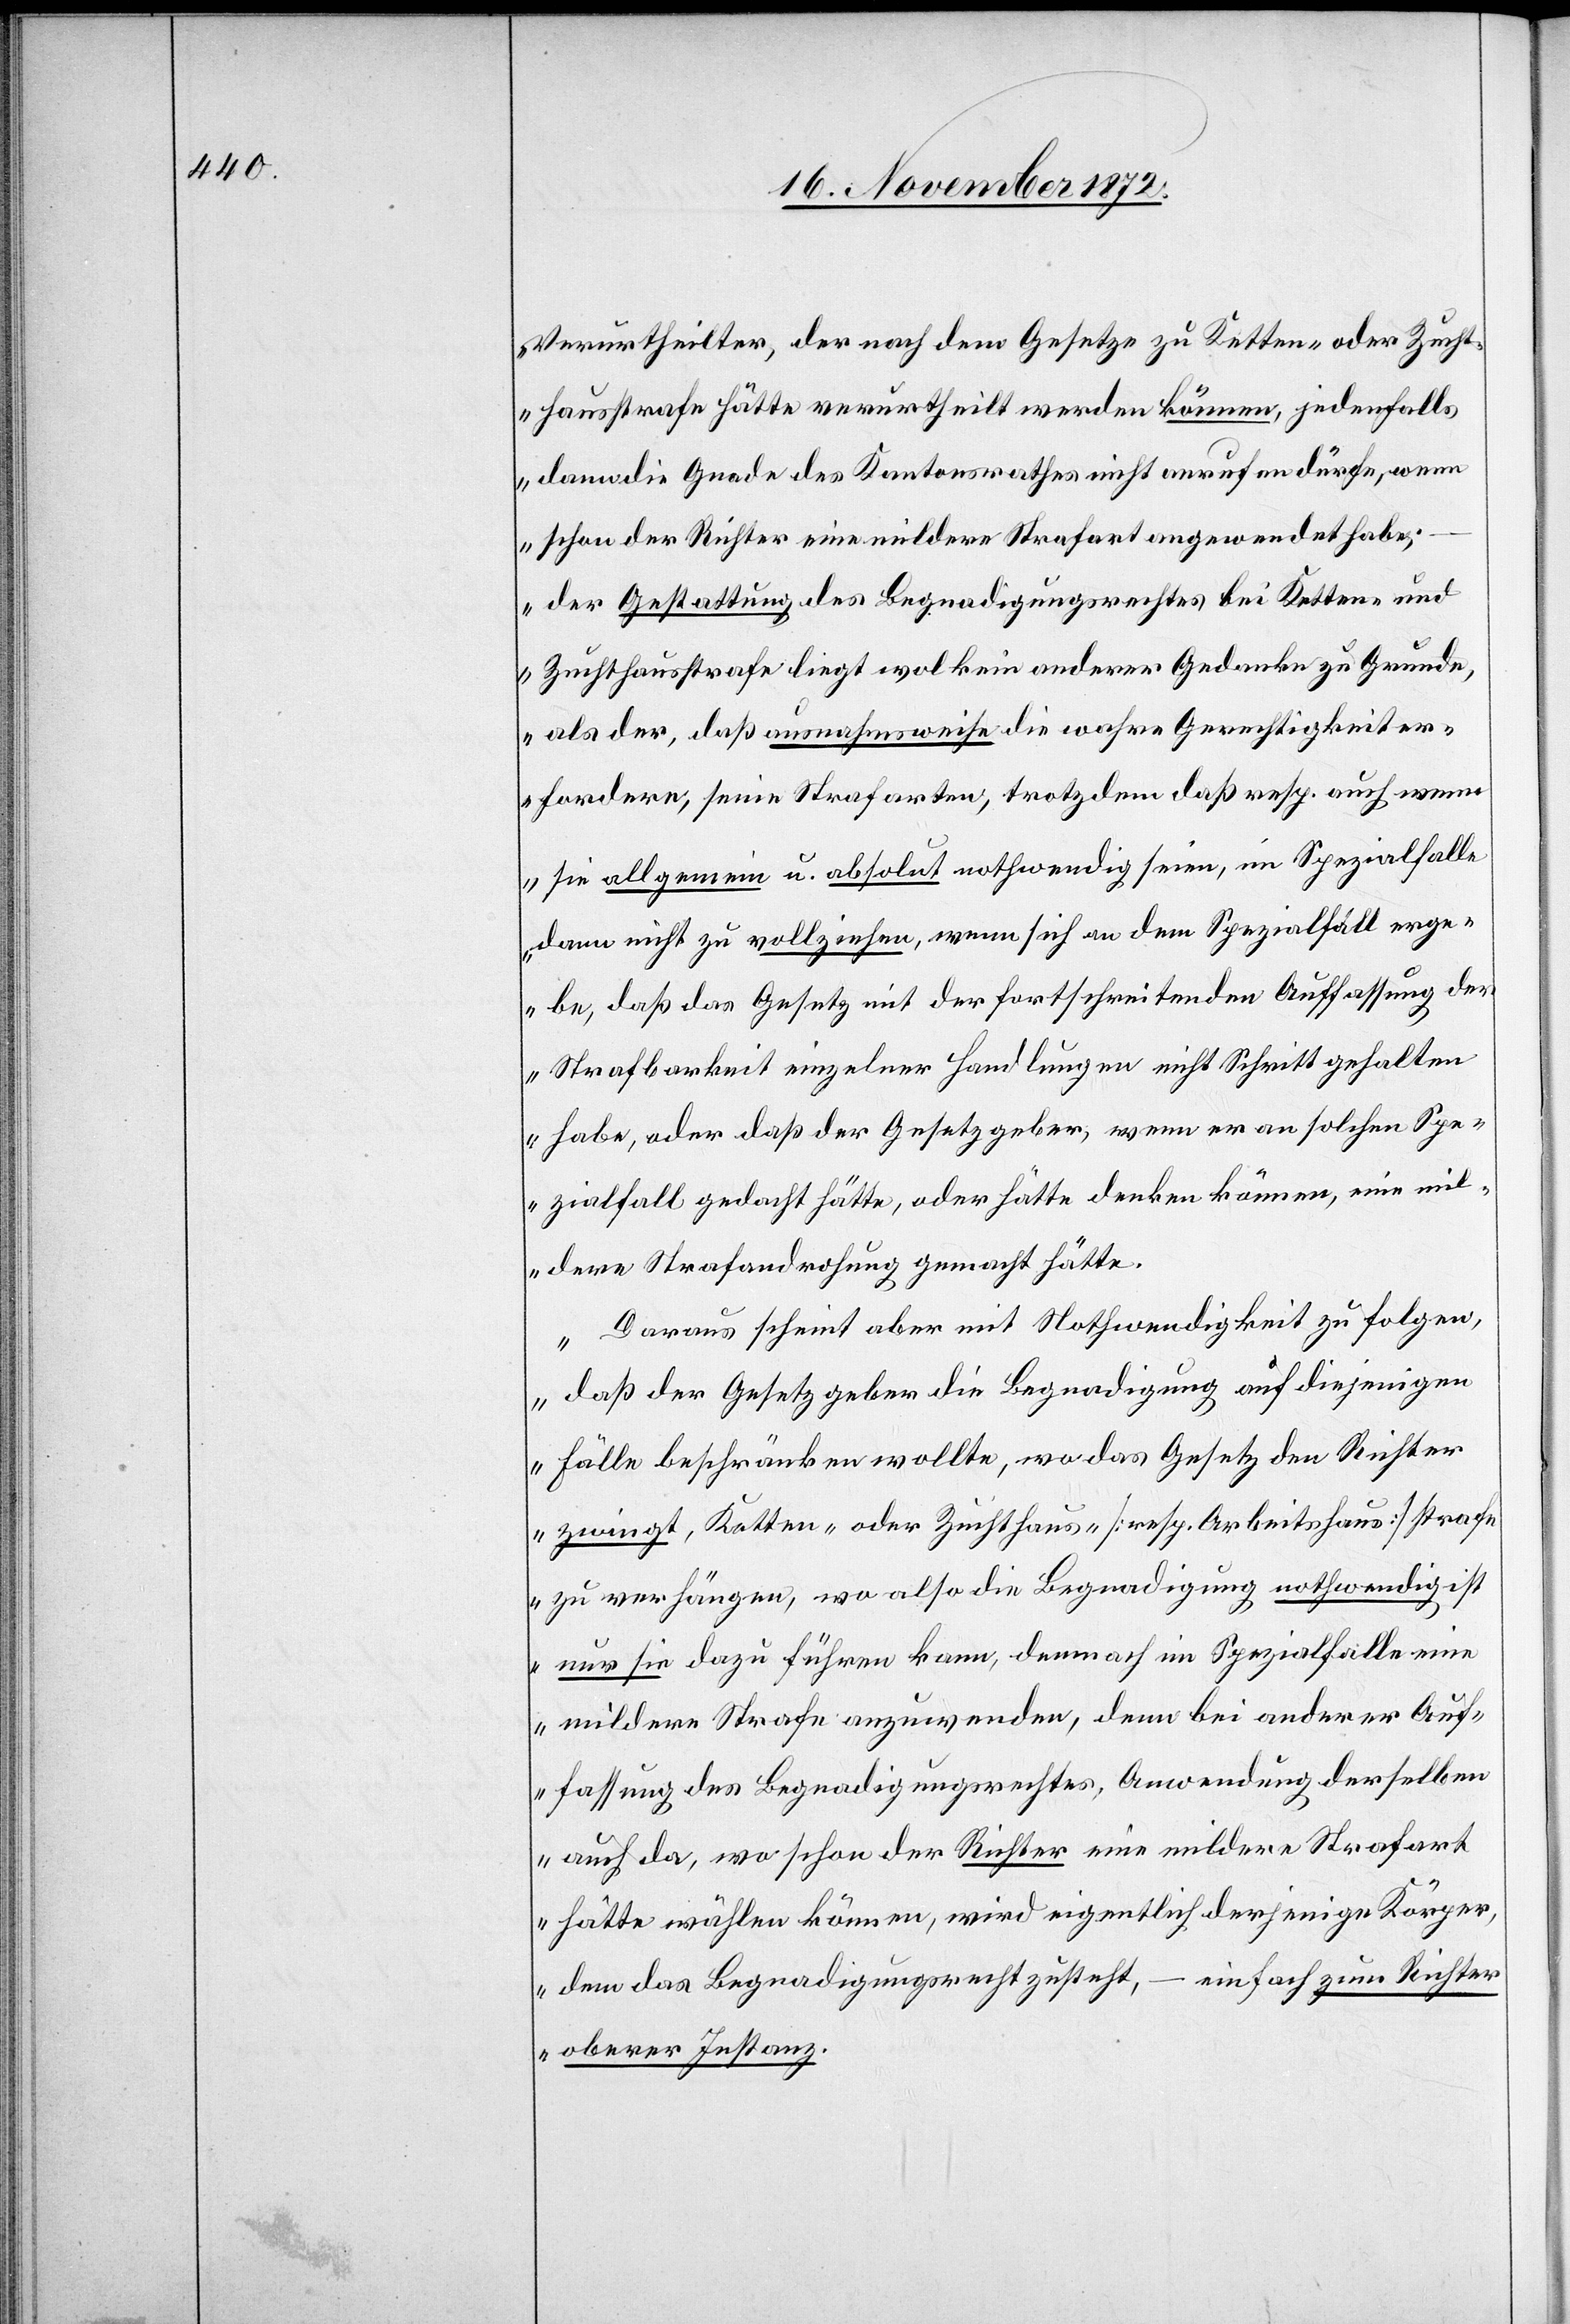
Verurtheilter, der nach dem Gesetze zu Ketten- oder Zucht¬
hausstrafe hätte verurtheilt werden können, jedenfalls
dann die Gnade des Kantonsrathes nicht anrufen dürfe, wenn
schon der Richter eine mildere Strafart angewendet habe;
der Gestattung des Begnadigungsrechtes bei Ketten- und
Zuchthausstrafe liegt wol kein anderer Gedanke zu Grunde,
als der, daß ausnahmsweise die wahre Gerechtigkeit er¬
fordere, seine Strafarten, trotzdem daß resp. auch wenn
sie allgemein u. absolut nothwendig seien, im Spezialfalle
dann nicht zu vollziehen, wenn sich an dem Spezialfall erge¬
be, daß das Gesuch mit der fortschreitenden Auffassung der
Strafbarkeit einzelner Handlungen nicht Schritt gehalten
habe, oder daß der Gesetzgeber, wenn er an solchen Spe¬
zialfall gedacht hätte, oder hätte denken können, eine mil¬
dere Strafandrohung gemacht hätte.“
„Daraus scheint aber mit Nothwendigeit zu folgen,
daß der Gesetzgeber die Begnadigung auf diejenigen
Fälle beschränken wollte, wo das Gesetz den Richter
zwingt, Ketten- oder Zuchthaus- [resp. Arbeitshaus] strafe
zu verhängen, wo also die Begnadigung nothwendig ist
nur sie dazu führen kann, demnach im Spezialfalle eine
mildere Strafe anzuwenden, denn bei anderer Auf¬
fassung des Begnadigungsrechtes, Anwendung derselben
auch da, wo schon der Richter eine mildere Strafart
hätte wählen können, wird eigentlich derjenige Körper,
dem das Begnadigungsrecht zusteht, – einfach zum Richter
oberer Instanz.“